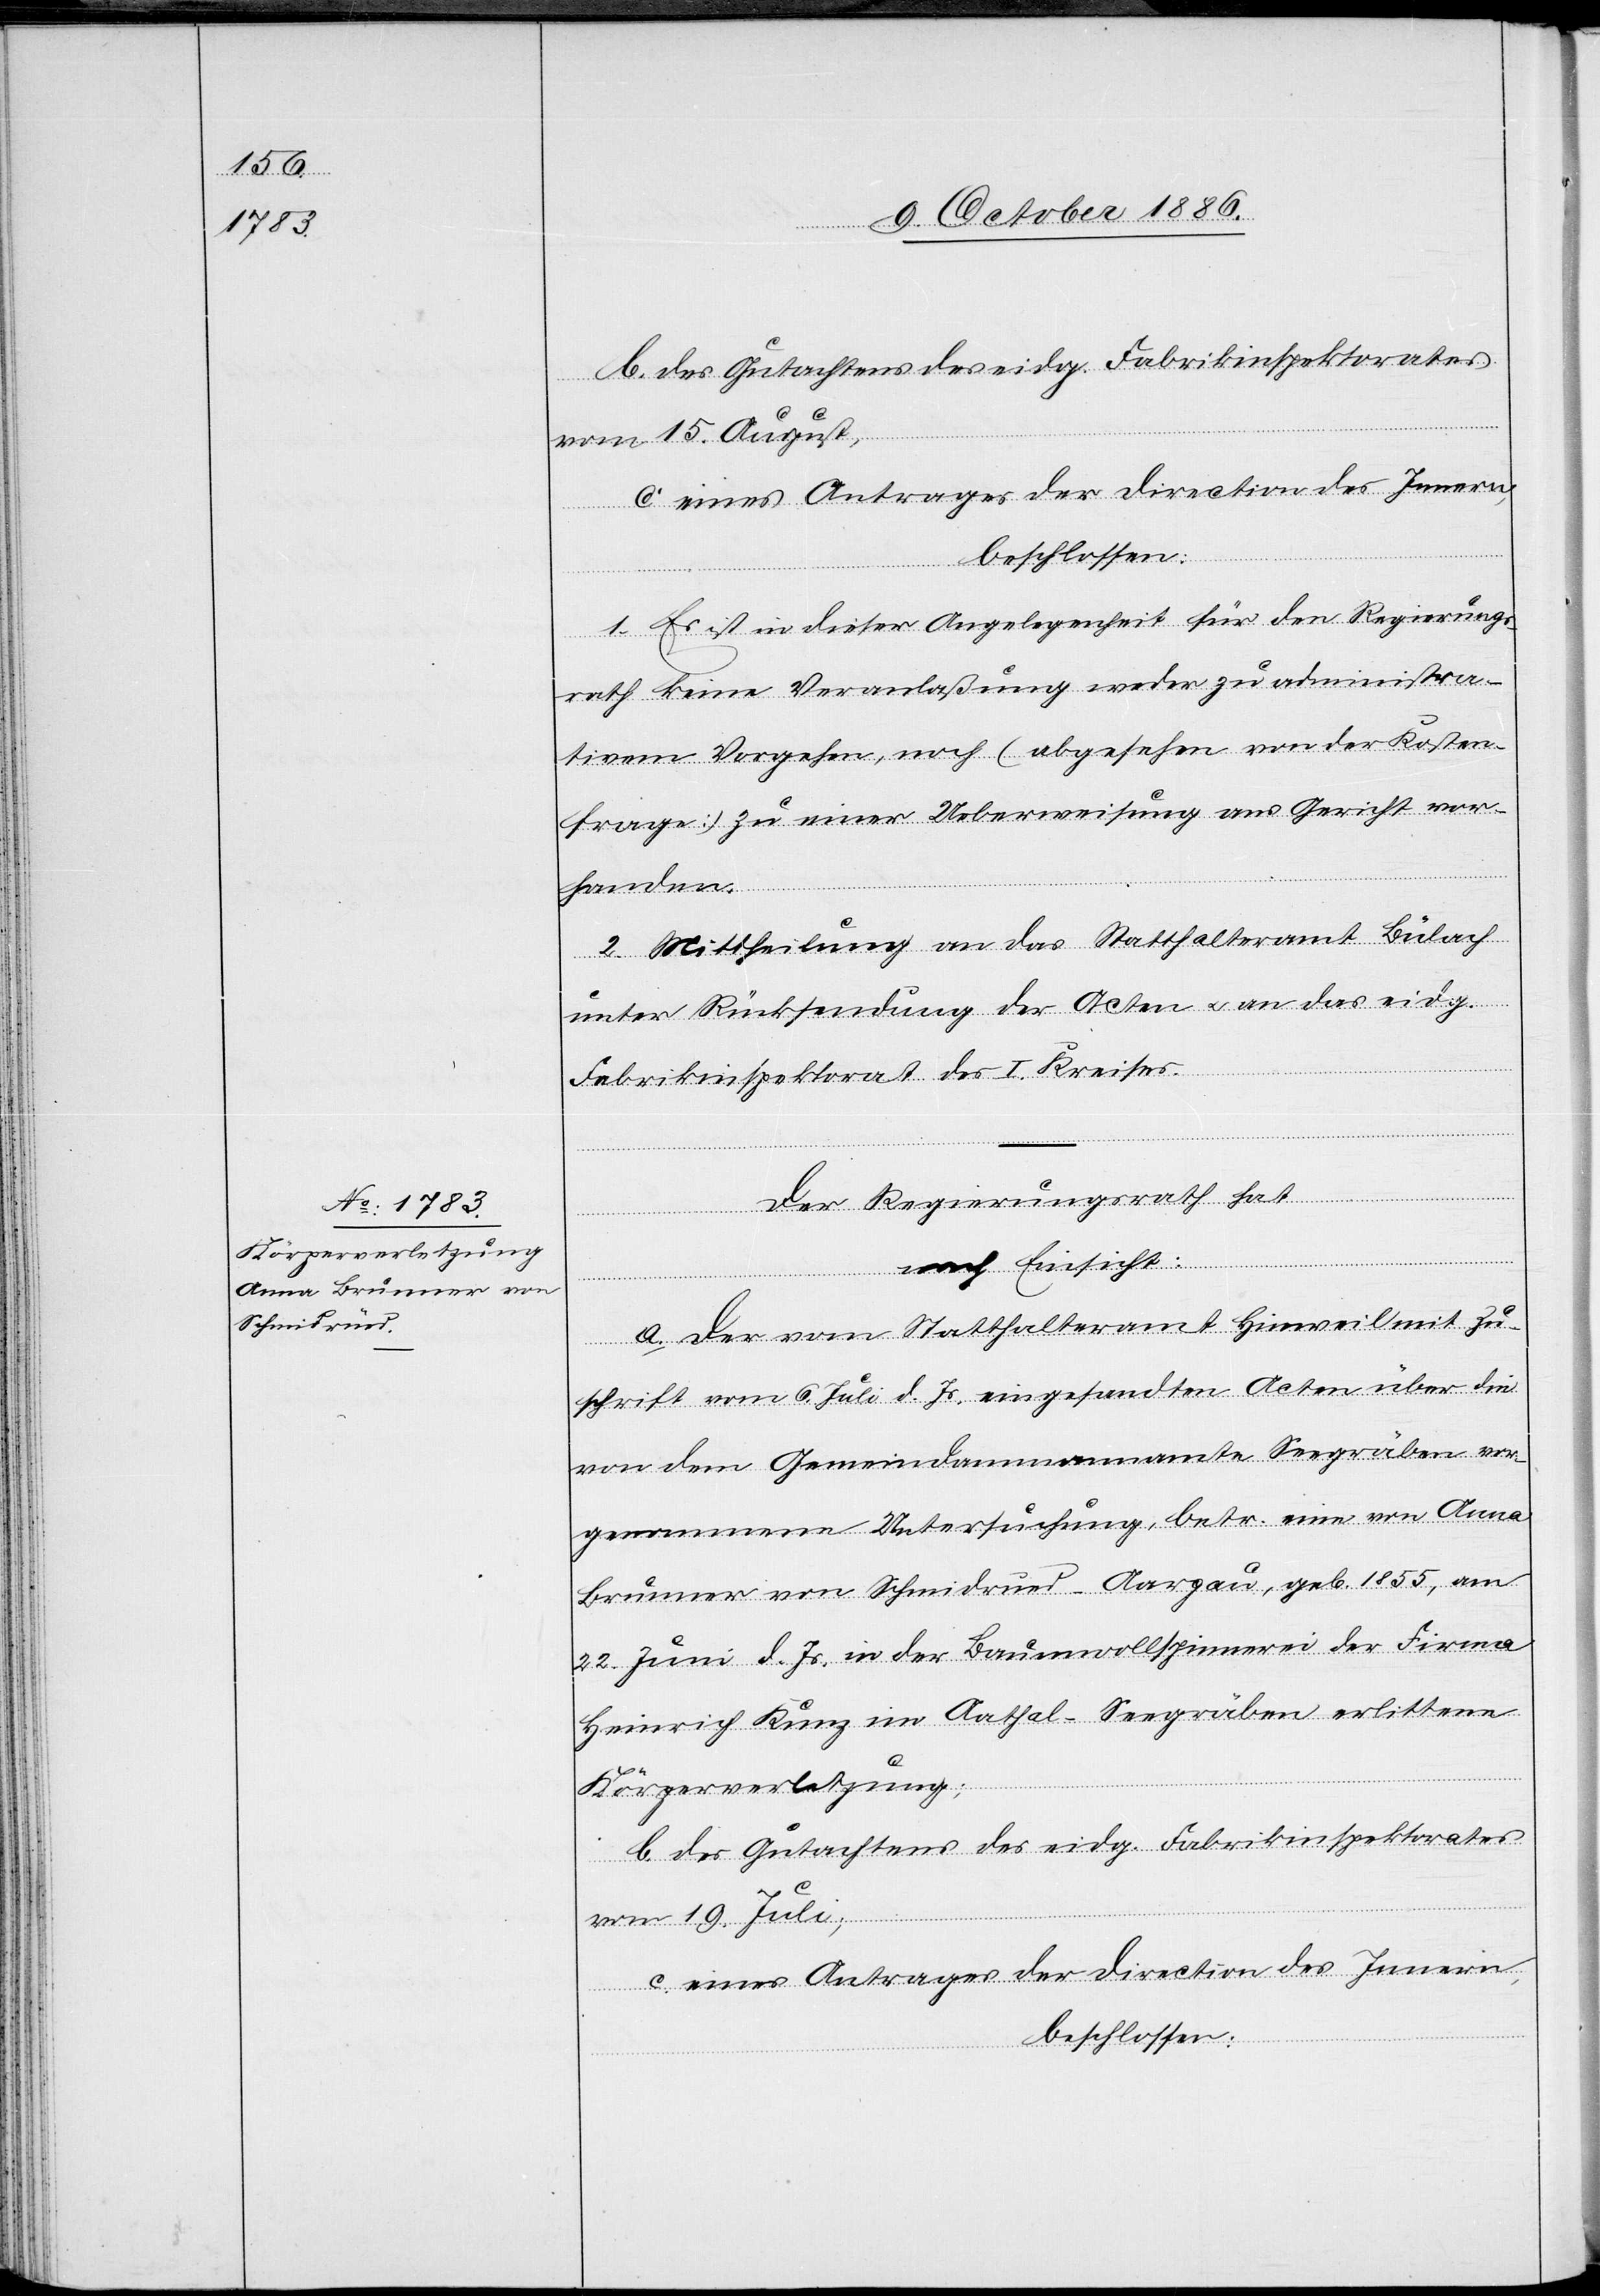
b. des Gutachtens des eidg. Fabrikinspektorates
vom 15. August,
c. eines Antrages der Direction des Innern,
beschlossen:
1. Es ist in dieser Angelegenheit für den Regierungs¬
rath keine Veranlaßung weder zu administra¬
tivem Vorgehen, noch (abgesehen von der Kosten¬
frage) zu einer Ueberweisung ans Gericht vor¬
handen.
2. Mittheilung an das Statthalteramt Bülach
unter Rücksendung der Acten & an das eidg.
Fabrikinspektorat des I. Kreises.
Der Regierungsrath hat
nach Einsicht:
a. Der vom Statthalteramt Hinweil mit Zu¬
schrift vom 6. Juli d. Js. eingesandten Acten über die
von dem Gemeindammannamte Seegräben vor¬
genommene Untersuchung, betr. eine von Anna
Brunner von Schmidrued - Aargau, geb. 1855, am
22. Juni d. Js. in der Baumwollspinnerei der Firma
Heinrich Kunz im Aathal - Seegräben erlittene
Körperverletzung;
b. des Gutachtens des eidg. Fabrikinspektorates
vom 19. Juli;
c. eines Antrages der Direction des Innern,
beschlossen: